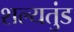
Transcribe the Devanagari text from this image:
शल्यतुंड